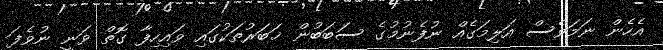
އެހެން ނަމަވެސް އަލިމަގެއް ނުފެނުމުގެ ސަބަބުން ޚަބަރުތަކުގައި ވައިހިފާ ގޮތް ވަނީ ނުވެފަ